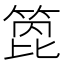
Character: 箆